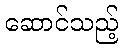
ဆောင်သည့်